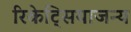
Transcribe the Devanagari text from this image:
रिकेट्सियाजन्य